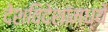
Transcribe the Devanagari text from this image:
देशविदेशांमध्ये